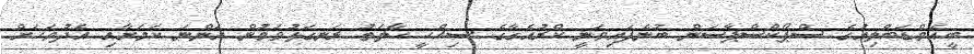
ބީއެމްޑަބްލިއުގެ ސްޕޯކްސްޕާސަން ބުނެފައިވަނީ ކްރުއެގާގެ ސިއްހީ ހާލަތު ރަނގަޅުވަމުން އަންނަ ކަމަށާއި އެދުވަހަށް